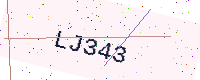
Text: LJ343